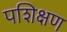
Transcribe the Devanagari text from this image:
पशिक्षण